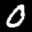
Label: 0